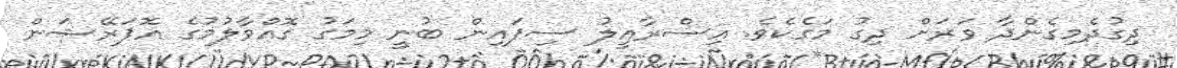
ދިގުދެމިގެންދާ ވަރަށް ދިގު މަގެކެވެ. އިސްރާއީލު ސިފައިން ބުނީ މިމަގު ގޮއްވާލުމުގެ އޮޕަރޭޝަން